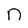
Character: n